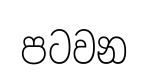
පටවන